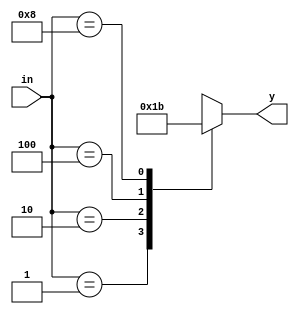
module encoder(in,y);
  input [3:0] in;
  output reg [1:0] y;
  always @(*)
    case(in)
      4'b0001:y=2'b00;
      4'b0010:y=2'b01;
      4'b0100:y=2'b10;
      4'b1000:y=2'b11;
      default:y=2'bxx;
    endcase
endmodule